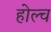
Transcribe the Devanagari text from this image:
होल्च